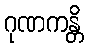
ဂုဏကန္တိ